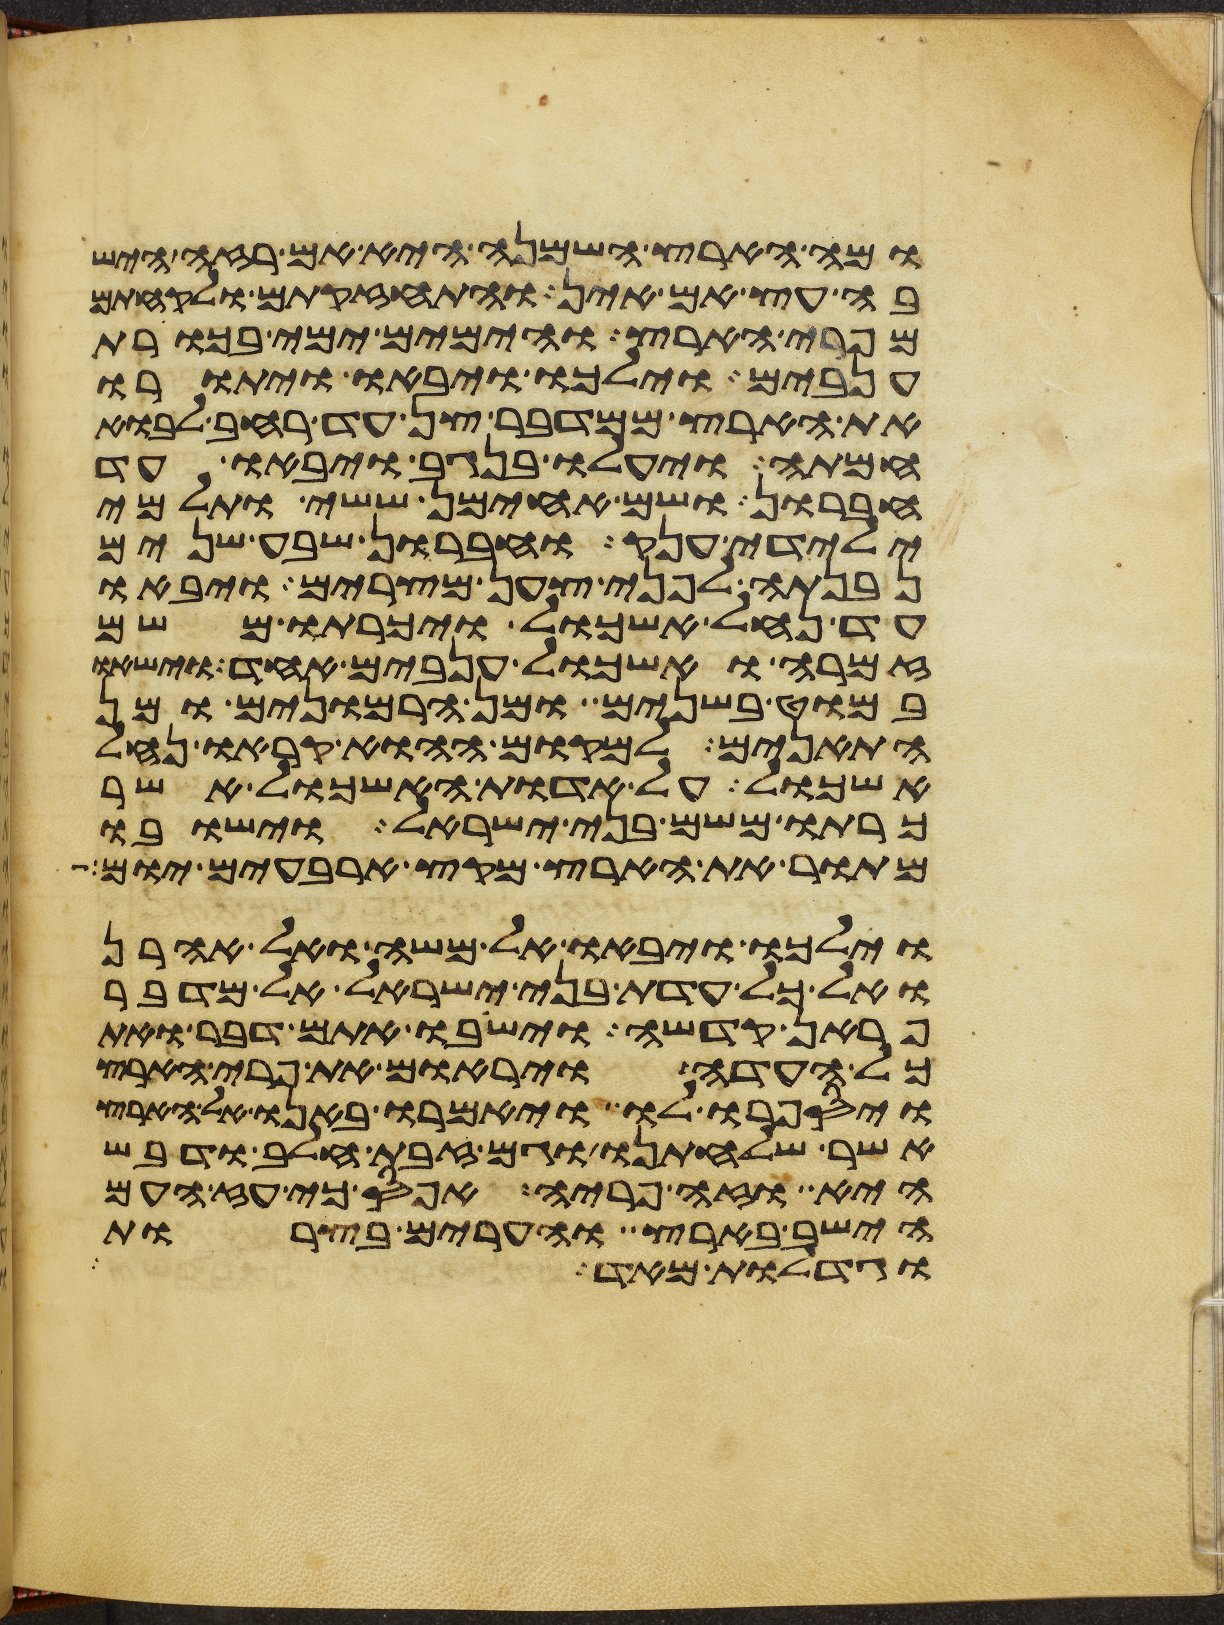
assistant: ומה הארץ השמנה היא אם רזה היש
בה עץ אם אין והתחזקתם ולקחתם
מפרי הארץ והימים ימי בכורת
ענבים וילכו ויבאו ויתורו
את הארץ ממדבר צן עד רחב לבוא
חמתה ויעלו בנגב ויבאו עד
חברון ושם אחימן ששי ותלמי
ילידי ענק וחברון שבע שנים
נבנתה לפני צען מצרים ויבאו
עד נחל אשכול ויכרתו משם
זמרה ואשכול ענבים אחד וישאו
במוט בשנים ומן הרמונים ומן
התאנים למקום ההוא קראו נחל
אשכול על אדות האשכול אשר
כרתו משם בני ישראל וישבו
מתור את הארץ מקץ ארבעים יום
וילכו ויבאו אל משה ואל אהרן
ואל כל עדת בני ישראל אל מדבר
פראן קדשה וישיבו אתם דבר ואת
כל העדה ויראום את פרי הארץ
ויספרו לו ויאמרו באנו אל הארץ
אשר שלחתנו וגם זבת חלב ודבש
היא וזה פריה אפס כי עז העם
הישב בארץ והערים בצרות
וגדלות מאד